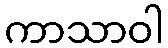
ကာသာဝါ